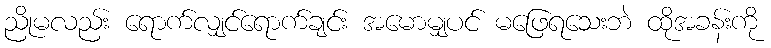
ညိုမလည်း ရောက်လျှင်ရောက်ချင်း အမောမျှပင် မဖြေရသေးဘဲ ထိုအခန်းကို